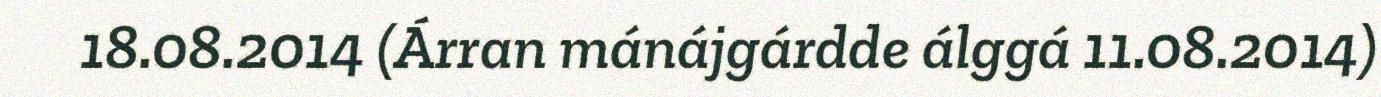
18.08.2014 (Árran mánájgárdde álggá 11.08.2014)